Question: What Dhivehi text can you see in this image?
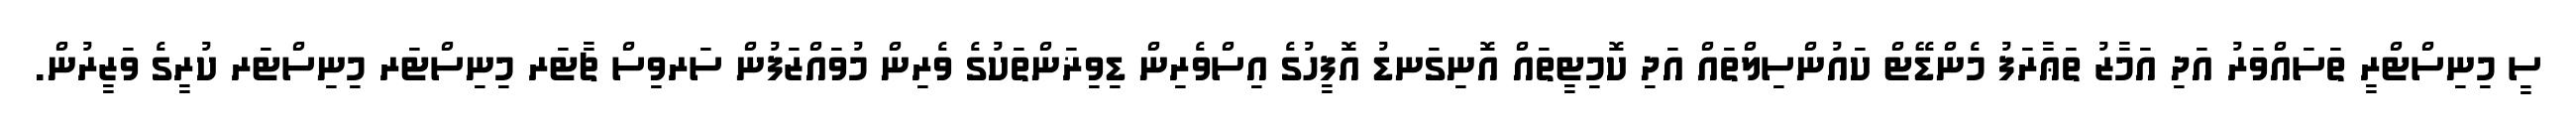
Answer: ސީ މިނިސްޓްރީ ތަސައްވަރު އަދި އަމާޒު ތަޢާރަފު މެންޑޭޓް ކައުންސިލްތައް އަދި ކޮމިޓީތައް އޮނިގަނޑު އޮފީހުގެ އިސްވެރިން ޑިވިޜަންތަކުގެ ވެރިން މުވައްޒަފުން ސަރވިސް ޗާޓަރ މިނިސްޓަރ މިނިސްޓަރ ކުރީގެ ވަޒީރުން.